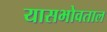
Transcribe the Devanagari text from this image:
यासभोवताल